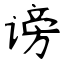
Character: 谤